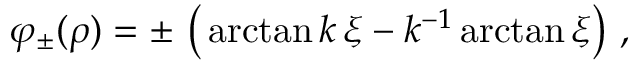
\varphi _ { \pm } ( \rho ) = \pm \, \left( \, \arctan { k \, \xi } - k ^ { - 1 } \arctan { \xi } \right) \, ,